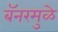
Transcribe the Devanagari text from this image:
बॅनरमुळे